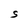
Character: S